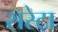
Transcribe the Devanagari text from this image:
सरेटा